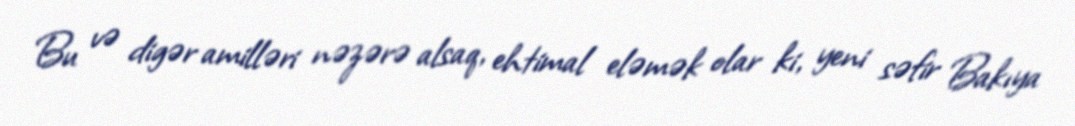
Bu və digər amilləri nəzərə alsaq, ehtimal eləmək olar ki, yeni səfir Bakıya